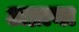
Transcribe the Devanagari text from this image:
अप्नाया